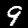
Digit: 9